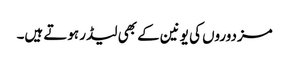
مزدوروں کی یونین کے بھی لیڈر ہوتے ہیں۔